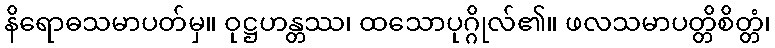
နိရောဓသမာပတ်မှ။ ဝုဋ္ဌဟန္တဿ၊ ထသောပုဂ္ဂိုလ်၏။ ဖလသမာပတ္တိစိတ္တံ၊